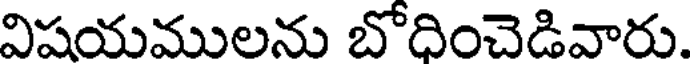
విషయములను బోదించెడివారు.